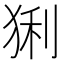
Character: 猁